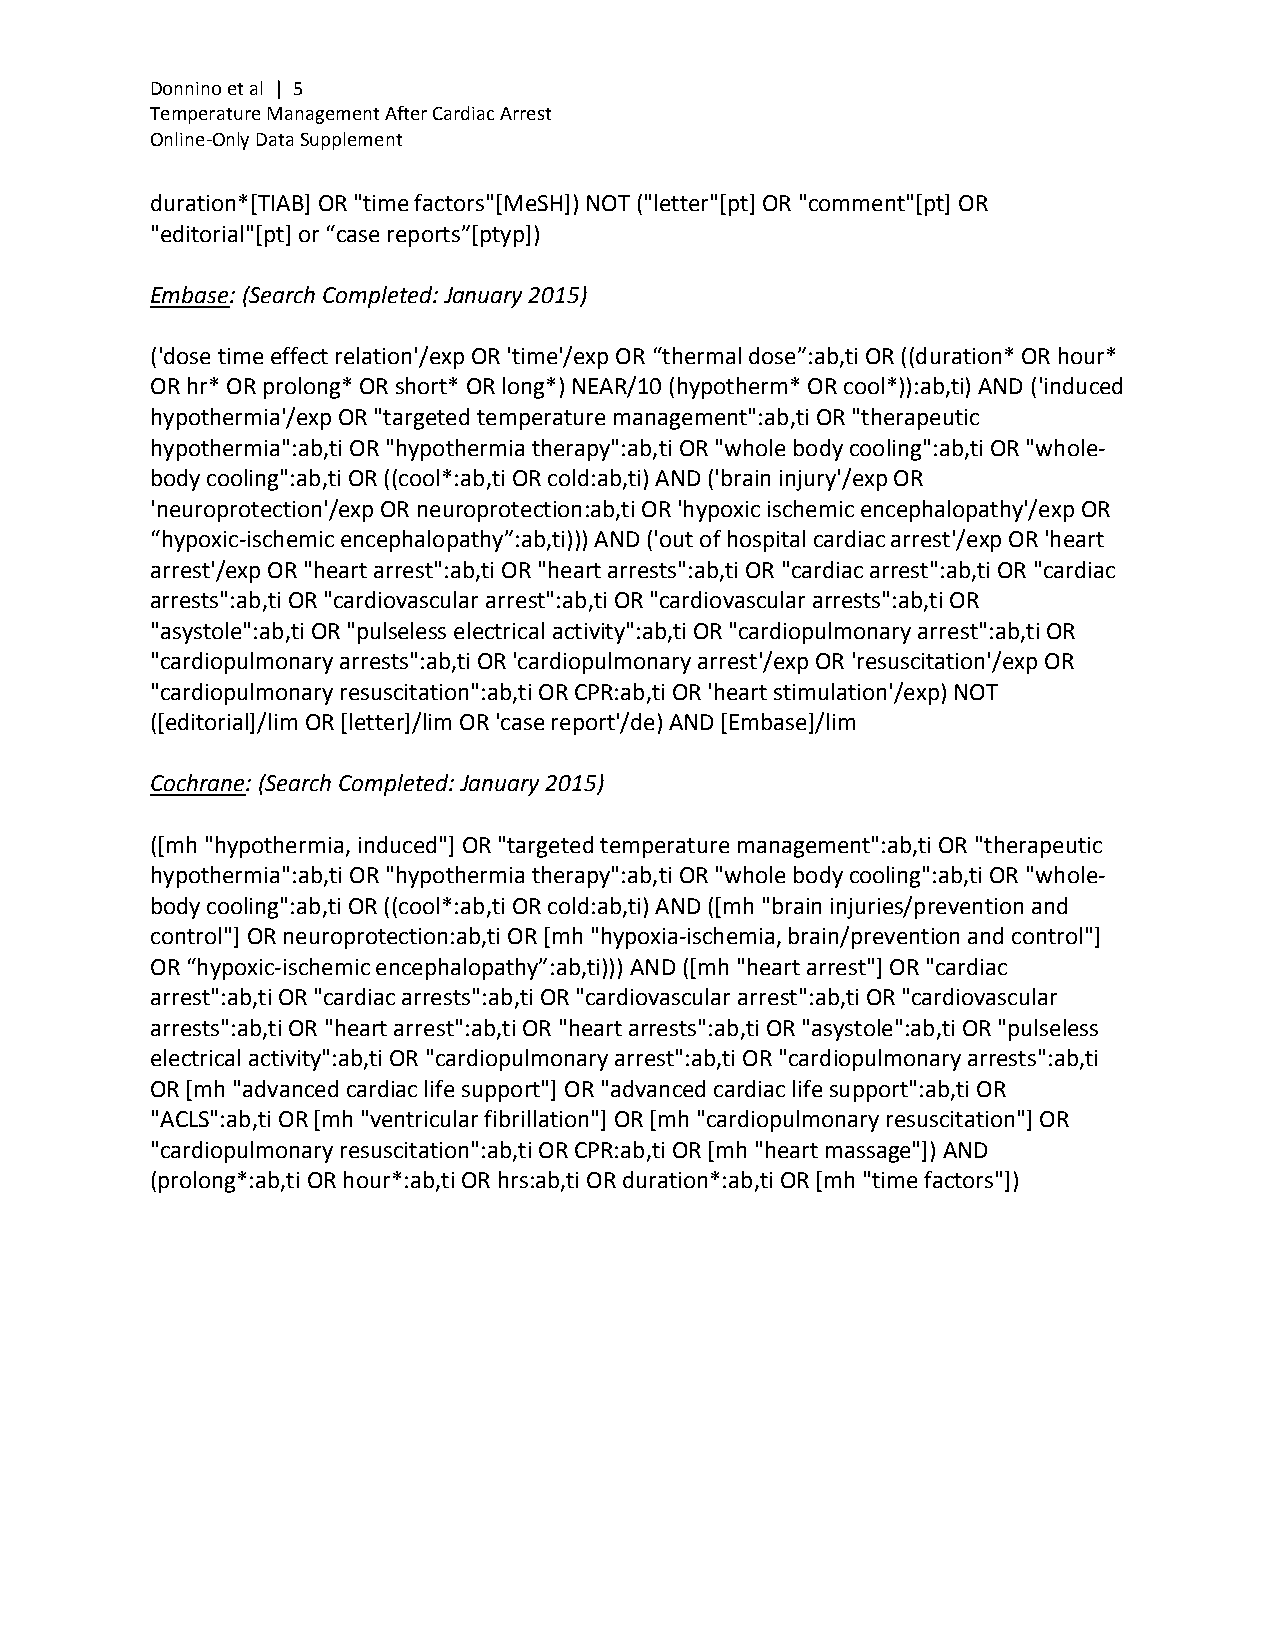
Donnino et al | 5
 Temperature Management After Cardiac Arrest
 Online-Only Data Supplement
 duration*[TIAB] OR "time factors"[MeSH]) NOT ("letter"[pt] OR "comment"[pt] OR
 "editorial"[pt] or “case reports”[ptyp])
 Embase: (Search Completed: January 2015)
 ('dose time effect relation'/exp OR 'time'/exp OR “thermal dose”:ab,ti OR ((duration* OR hour*
 OR hr* OR prolong* OR short* OR long*) NEAR/10 (hypotherm* OR cool*)):ab,ti) AND ('induced
 hypothermia'/exp OR "targeted temperature management":ab,ti OR "therapeutic
 hypothermia":ab,ti OR "hypothermia therapy":ab,ti OR "whole body cooling":ab,ti OR "whole-
 body cooling":ab,ti OR ((cool*:ab,ti OR cold:ab,ti) AND ('brain injury'/exp OR
 'neuroprotection'/exp OR neuroprotection:ab,ti OR 'hypoxic ischemic encephalopathy'/exp OR
 “hypoxic-ischemic encephalopathy”:ab,ti))) AND ('out of hospital cardiac arrest'/exp OR 'heart
 arrest'/exp OR "heart arrest":ab,ti OR "heart arrests":ab,ti OR "cardiac arrest":ab,ti OR "cardiac
 arrests":ab,ti OR "cardiovascular arrest":ab,ti OR "cardiovascular arrests":ab,ti OR
 "asystole":ab,ti OR "pulseless electrical activity":ab,ti OR "cardiopulmonary arrest":ab,ti OR
 "cardiopulmonary arrests":ab,ti OR 'cardiopulmonary arrest'/exp OR 'resuscitation'/exp OR
 "cardiopulmonary resuscitation":ab,ti OR CPR:ab,ti OR 'heart stimulation'/exp) NOT
 ([editorial]/lim OR [letter]/lim OR 'case report'/de) AND [Embase]/lim
 Cochrane: (Search Completed: January 2015)
 ([mh "hypothermia, induced"] OR "targeted temperature management":ab,ti OR "therapeutic
 hypothermia":ab,ti OR "hypothermia therapy":ab,ti OR "whole body cooling":ab,ti OR "whole-
 body cooling":ab,ti OR ((cool*:ab,ti OR cold:ab,ti) AND ([mh "brain injuries/prevention and
 control"] OR neuroprotection:ab,ti OR [mh "hypoxia-ischemia, brain/prevention and control"]
 OR “hypoxic-ischemic encephalopathy”:ab,ti))) AND ([mh "heart arrest"] OR "cardiac
 arrest":ab,ti OR "cardiac arrests":ab,ti OR "cardiovascular arrest":ab,ti OR "cardiovascular
 arrests":ab,ti OR "heart arrest":ab,ti OR "heart arrests":ab,ti OR "asystole":ab,ti OR "pulseless
 electrical activity":ab,ti OR "cardiopulmonary arrest":ab,ti OR "cardiopulmonary arrests":ab,ti
 OR [mh "advanced cardiac life support"] OR "advanced cardiac life support":ab,ti OR
 "ACLS":ab,ti OR [mh "ventricular fibrillation"] OR [mh "cardiopulmonary resuscitation"] OR
 "cardiopulmonary resuscitation":ab,ti OR CPR:ab,ti OR [mh "heart massage"]) AND
 (prolong*:ab,ti OR hour*:ab,ti OR hrs:ab,ti OR duration*:ab,ti OR [mh "time factors"])